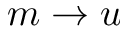
m \to u